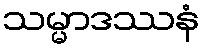
သမ္မာဒဿနံ